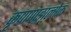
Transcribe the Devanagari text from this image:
कृपापाङ्गालोकं